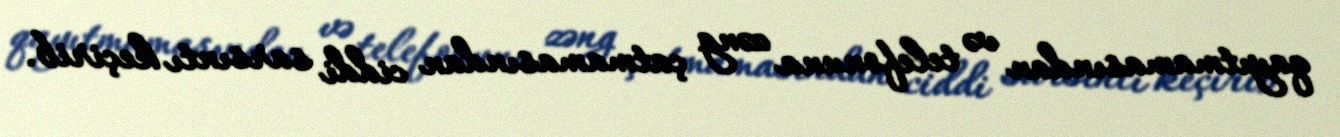
qayıtmamasından və telefonuna zəng çatmamasından ciddi sarsıntı keçirib.